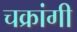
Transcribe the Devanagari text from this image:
चक्रांगी